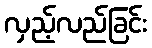
လှည့်လည်ခြင်း